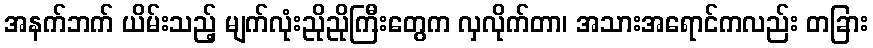
အနက်ဘက် ယိမ်းသည့် မျက်လုံးညိုညိုကြီးတွေက လှလိုက်တာ၊ အသားအရောင်ကလည်း တခြား